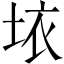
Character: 𱖨